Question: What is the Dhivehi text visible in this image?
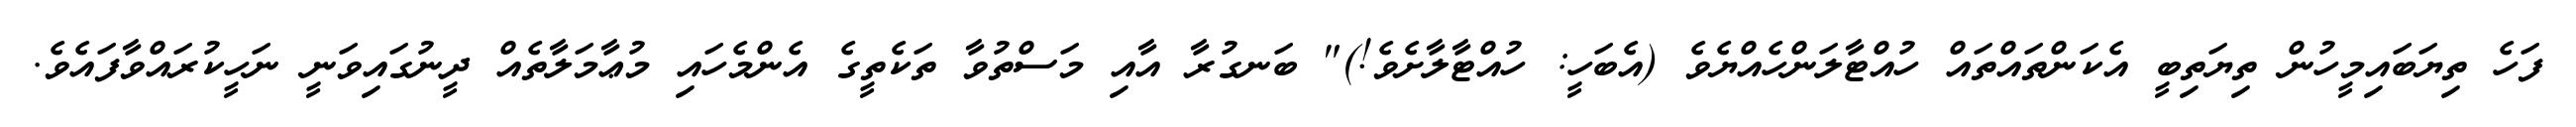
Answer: ފަހެ ތިޔަބައިމީހުން ތިޔަތިބީ އެކަންތައްތައް ހުއްޓާލަންހެއްޔެވެ (އެބަހީ: ހުއްޓާލާށެވެ!)" ބަނގުރާ އާއި މަސްތުވާ ތަކެތީގެ އެންމެހައި މުޢާމަލާތެއް ދީނުގައިވަނީ ނަހީކުރައްވާފައެވެ.